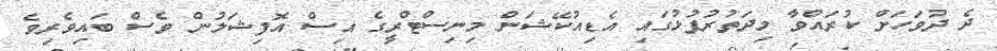
ދެ ދުވަހަށް ކުރައްވާ މިދަތުރުފުޅުގައި އެޑިއުކޭޝަން މިނިސްޓްރީގެ އިސް އޮފިޝަލުން ވެސް ބައިވެރިވެ